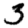
Digit: 3